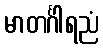
မာတင်္ဂါရညံ